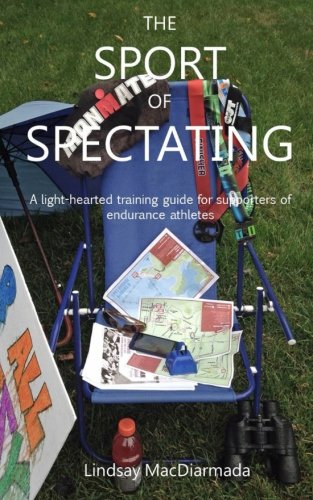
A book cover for The Sport of Spectating: A Light-Hearted Training Guide for Supporters of Endurance Athletes; Lindsay MacDiarmada; Sports & Outdoors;